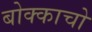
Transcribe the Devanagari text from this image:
बोक्काचो